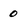
Character: 0